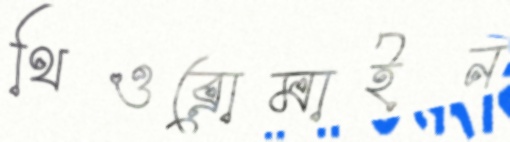
থিওব্রোমাইন